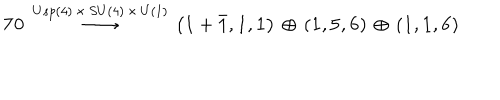
{ \bf 7 0 } \, \stackrel { U s p ( 4 ) \, \times \, S U ( 4 ) \, \times \, U ( 1 ) } { \longrightarrow } \, \left( { \bf 1 } + { \bar { \bf 1 } } , { \bf 1 } , { \bf 1 } \right) \, \oplus \, \left( { \bf 1 } , { \bf 5 } , { \bf 6 } \right) \, \oplus \, \left( { \bf 1 } , { \bf 1 } , { \bf 6 } \right)